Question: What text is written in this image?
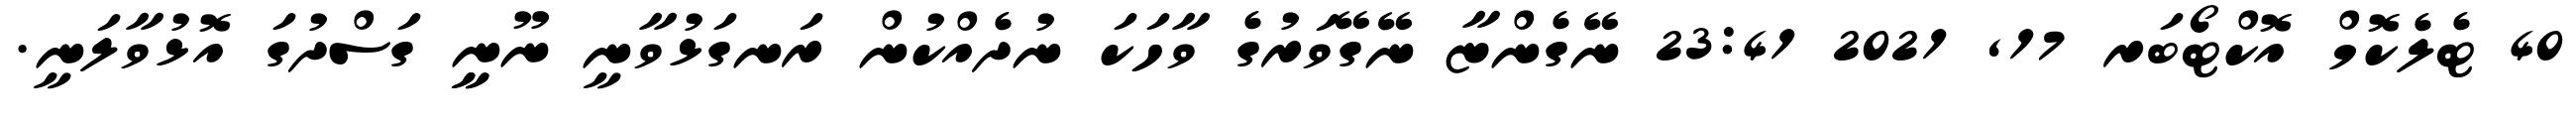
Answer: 40 ޓެލެކޮމް އޮކްޓޯބަރ 17, 2021 23:41 ނޭގެންޏާ ނޭގޭވަރުގެ ވާހަކަ ނުދެއްކުން ރަނގަޅުވާނީ ނޫނީީ ގަސްދުގަ އޮޅުވާލަނީ.